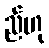
ည်ဟု